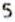
5